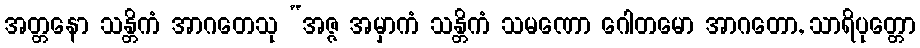
အတ္တနော သန္တိကံ အာဂတေသု “အဇ္ဇ အမှာကံ သန္တိကံ သမဏော ဂေါတမော အာဂတော, သာရိပုတ္တော